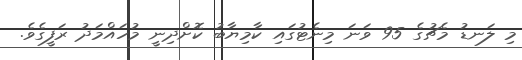
މި ލަނޑު މެޗުގެ 95 ވަނަ މިނެޓުގައި ކާމިޔާބު ކޮށްދިނީ މުހައްމަދު ރަފީގެވެ.